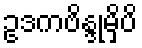
ဥဒကဗိန္ဒုမှိပိ